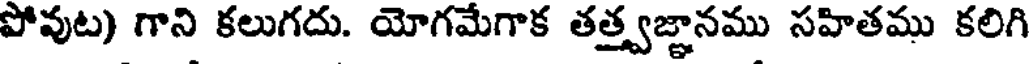
పోవుట) గాని కలుగదు. యోగమేగాక తత్త్వజ్ఞానము సహితము కలిగి